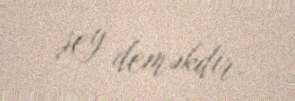
şey deməkdir.